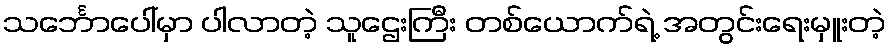
သင်္ဘောပေါ်မှာ ပါလာတဲ့ သူဌေးကြီး တစ်ယောက်ရဲ့ အတွင်းရေးမှူးတဲ့